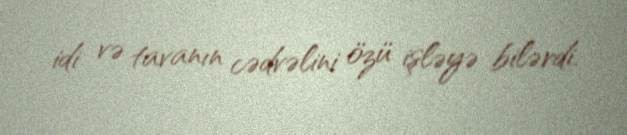
idi və tavanın cədvəlini özü işləyə bilərdi.